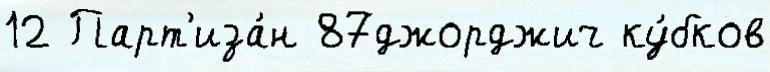
12 Парт'иза́н 87джорджич ку́бков